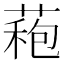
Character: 𮐠